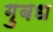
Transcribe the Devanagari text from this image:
गुबध